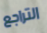
التراجع